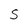
Character: S